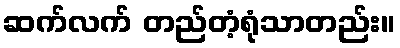
ဆက်လက် တည်တံ့ရုံသာတည်း။